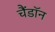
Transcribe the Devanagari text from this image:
चैंडॉन